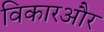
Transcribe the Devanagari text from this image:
विकारऔर